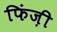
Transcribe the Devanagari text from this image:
फिंज़ी